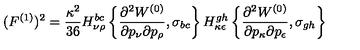
( F ^ { ( 1 ) } ) ^ { 2 } = \frac { \kappa ^ { 2 } } { 3 6 } H _ { \nu \rho } ^ { b c } \left\{ \frac { \partial ^ { 2 } W ^ { ( 0 ) } } { \partial p _ { \nu } \partial p _ { \rho } } , \sigma _ { b c } \right\} H _ { \kappa \epsilon } ^ { g h } \left\{ \frac { \partial ^ { 2 } W ^ { ( 0 ) } } { \partial p _ { \kappa } \partial p _ { \epsilon } } , \sigma _ { g h } \right\}